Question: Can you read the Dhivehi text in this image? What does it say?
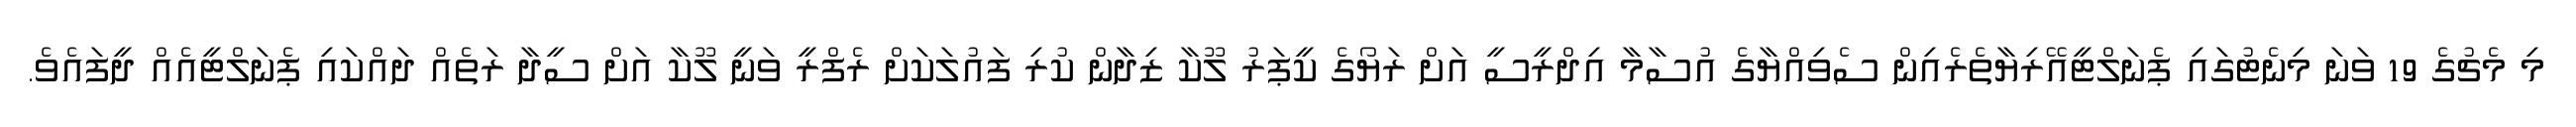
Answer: މި މެޗުގެ 19 ވަނަ މިނެޓުގައި ޕެނަލްޓީއޭރިޔާތެރެއިން ސެވިއްޔާގެ އުސާމާ އިދްރީސީ އަށް ރަޔޯގެ ކީޕަރު ލޫކާ ޒިދާން ކުރި ފައުލަކަށް ރެފްރީ ވަނީ ލޫކާ އަށް ސީދާ ރަތެއް ދައްކައި ޕެނަލްޓީއެއް ދީފައެވެ.